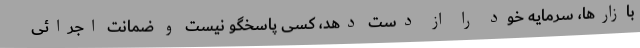
بازارها، سرمایه خود را از دست دهد، کسی پاسخگو نیست و ضمانت اجرائی